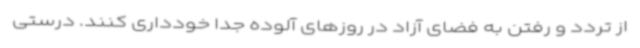
از تردد و رفتن به فضای آزاد در روزهای آلوده جدا خودداری کنند. درستی